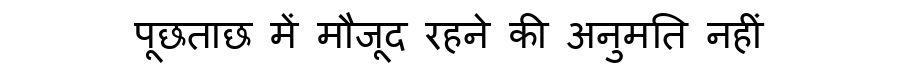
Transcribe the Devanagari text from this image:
पूछताछ में मौजूद रहने की अनुमति नहीं